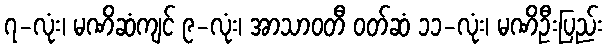
၇-လုံး၊ မဏိဆံကျင် ၉-လုံး၊ အာသာဝတီ ဝတ်ဆံ ၁၁-လုံး၊ မဏိဦးပြည်း